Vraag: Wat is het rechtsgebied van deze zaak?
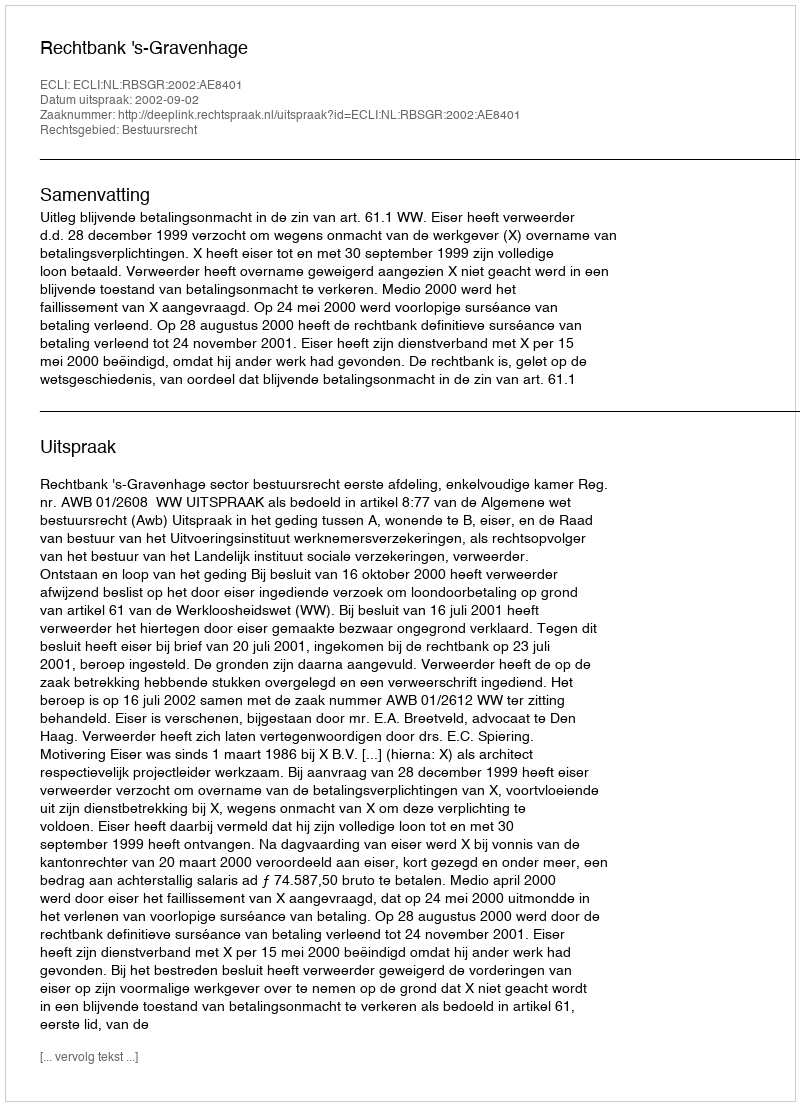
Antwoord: Bestuursrecht